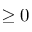
\ge 0